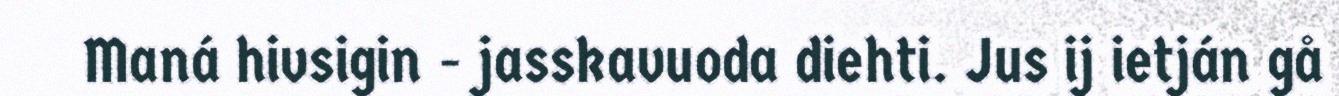
Maná hivsigin - jasskavuoda diehti. Jus ij ietján gå